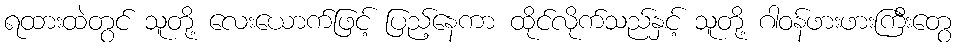
ရထားထဲတွင် သူတို့ လေးယောက်ဖြင့် ပြည့်နေကာ ထိုင်လိုက်သည်နှင့် သူတို့ ဂါဝန်ဖားဖားကြီးတွေ